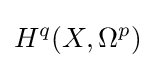
H^{q}(X,\Omega ^{p})